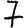
Digit: 7